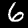
Label: 6